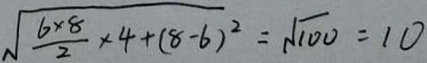
\sqrt { \frac { 6 \times 8 } { 2 } \times 4 + ( 8 - 6 ) ^ { 2 } } = \sqrt { 1 0 0 } = 1 0